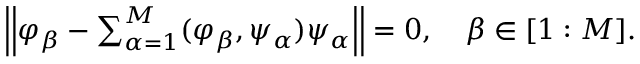
\begin{array} { r } { \left| \left| \boldsymbol { \varphi } _ { \beta } - \sum _ { \alpha = 1 } ^ { M } ( \boldsymbol { \varphi } _ { \beta } , \boldsymbol { \psi } _ { \alpha } ) \boldsymbol { \psi } _ { \alpha } \right| \right| = 0 , \quad \beta \in [ 1 : M ] . } \end{array}